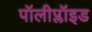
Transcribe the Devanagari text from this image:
पॉलीप्लॉइड